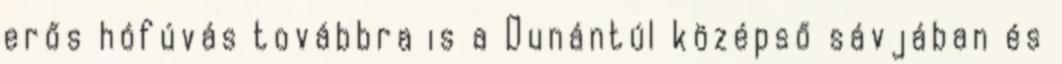
erős hófúvás továbbra is a Dunántúl középső sávjában és